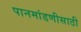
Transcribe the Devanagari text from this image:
पानमांडणीसाठी